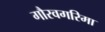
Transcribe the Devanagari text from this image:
गौरवगरिमा